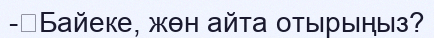
-	Байеке, жөн айта отырыңыз?